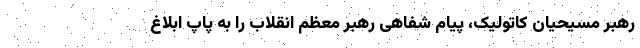
رهبر مسیحیان کاتولیک، پیام شفاهی رهبر معظم انقلاب را به پاپ ابلاغ